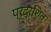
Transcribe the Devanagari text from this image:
प्रद्रशित